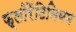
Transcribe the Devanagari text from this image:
फ्लोरेंटिनियम